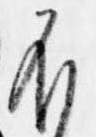
不